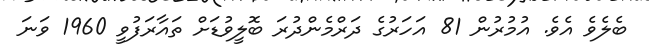
ބެލެވެ އެވެ. އުމުރުން 81 އަހަރުގެ ދަރްމެންދުރަ ބޮލީވުޑަށް ތައާރަފުވީ 1960 ވަނަ